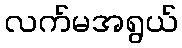
လက်မအရွယ်